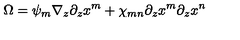
\Omega = \psi _ { m } \nabla _ { z } \partial _ { z } x ^ { m } + \chi _ { m n } \partial _ { z } x ^ { m } \partial _ { z } x ^ { n }